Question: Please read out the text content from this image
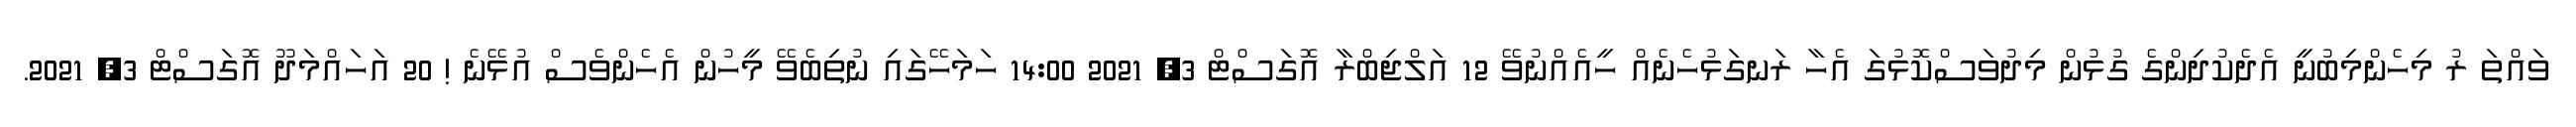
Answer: ވައްތަ ރު މިހެންމިބުނީ އެދެކުދިންގެ ގުޅުން މިދުވަސްކޮޅުގަ އެހާ ރަނގަޅުހެނެއް ހީއެއްނުވޭ 12 އަލްޖިބްރާ އޮގަސްޓް 3, 2021 14:00 ހަމަހޭގައި ނުތިބެވޭ މީހުން އެހެންވެސް އުޅޭނެ ! 20 އަހައްމަދޫ އޮގަސްޓް 3, 2021.